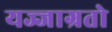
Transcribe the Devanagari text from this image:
यज्जाग्रतो